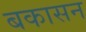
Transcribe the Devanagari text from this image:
बकासन